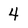
Character: 4